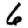
Digit: 6